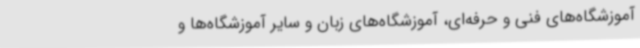
آموزشگاه‌های فنی و حرفه‌ای، آموزشگاه‌های زبان و سایر آموزشگاه‌ها و